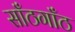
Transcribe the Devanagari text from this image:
साँठगाँठ